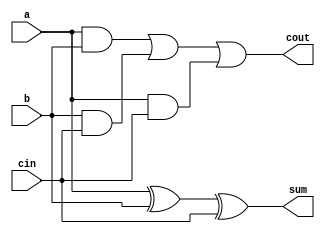
`timescale 1ns / 1ps

module full_adder(a,b,cin,sum,cout);
    input a,b,cin;
    output sum,cout;
    wire m,p,v;
    xor u1(sum,a,b,cin);
    and u2(m,a,b);
    and u3(p,b,cin);
    and u4(v,a,cin);
    or u5(cout,m,p,v);
endmodule